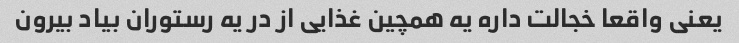
یعنی واقعا خجالت داره یه همچین غذایی از در یه رستوران بیاد بیرون